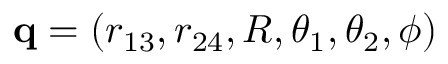
{ \bf q } = ( r _ { 1 3 } , r _ { 2 4 } , R , \theta _ { 1 } , \theta _ { 2 } , \phi )